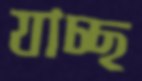
যাচ্ছ